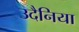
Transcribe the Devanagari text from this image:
उदैनिया